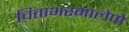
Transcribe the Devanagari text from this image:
चिताभस्मालेपो